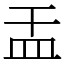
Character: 㿻